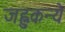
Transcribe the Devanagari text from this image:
जह्नुकन्ये